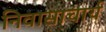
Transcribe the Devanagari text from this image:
निवासाचार्य